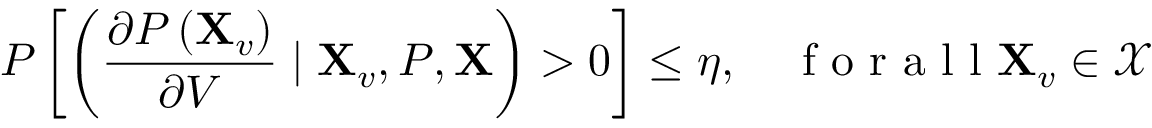
P \left[ \left( \frac { \partial P \left( \mathbf { X } _ { v } \right) } { \partial V } \mid \mathbf { X } _ { v } , P , \mathbf { X } \right) > 0 \right] \leq \eta , \quad \mathrm { ~ f ~ o ~ r ~ a ~ l ~ l ~ } \mathbf { X } _ { v } \in \mathcal { X }